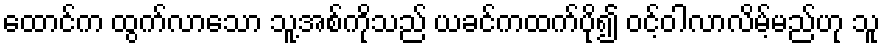
ထောင်က ထွက်လာသော သူ့အစ်ကိုသည် ယခင်ကထက်ပို၍ ဝင့်ဝါလာလိမ့်မည်ဟု သူ